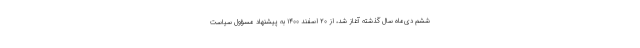
ششم دی‌ماه سال گذشته آغاز شد، از ۲۰ اسفند ۱۴۰۰ به پیشنهاد مسؤول سیاست